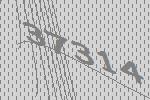
37314